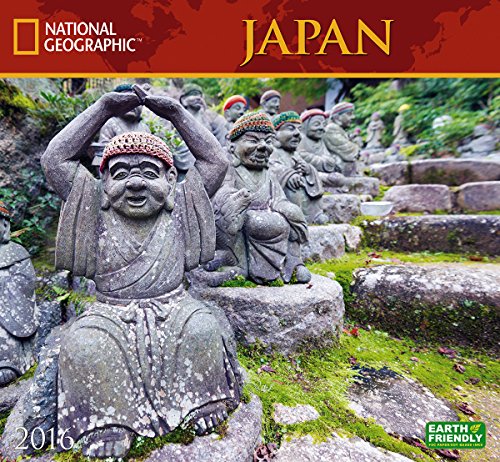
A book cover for Japan National Geographic 2016 Wall Calendar; National Geographic Society; Travel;